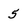
Character: 5